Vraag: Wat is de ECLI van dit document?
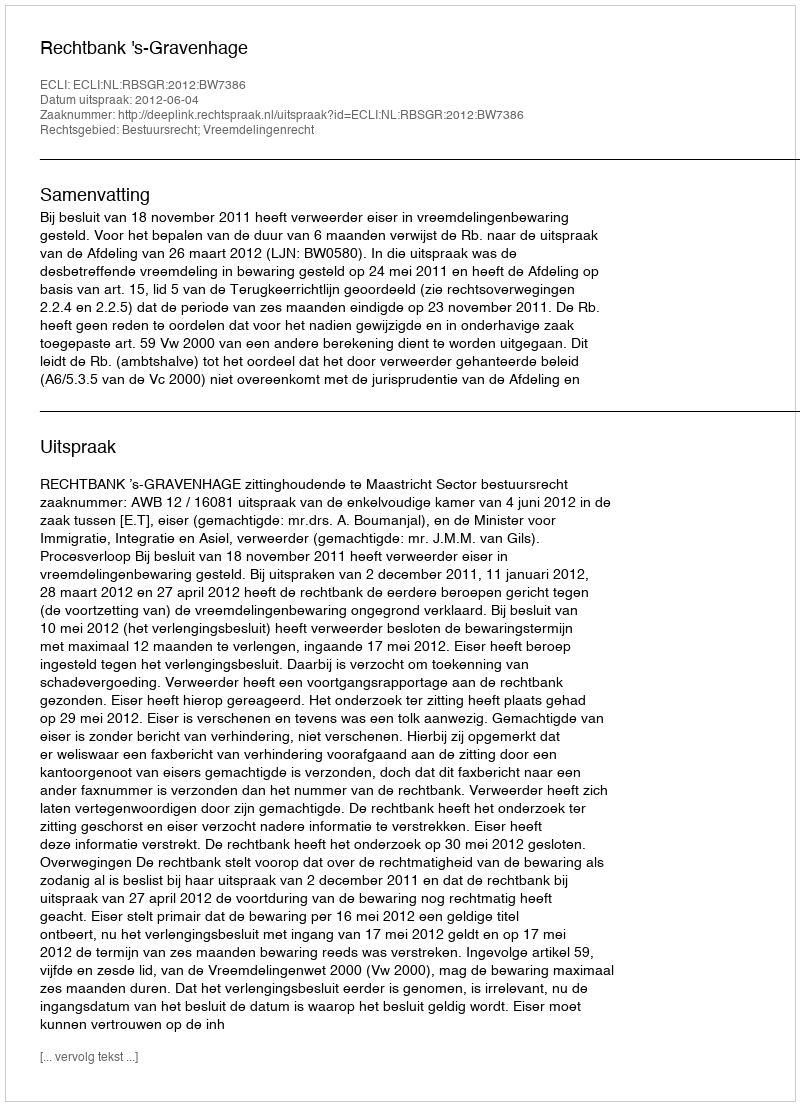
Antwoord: ECLI:NL:RBSGR:2012:BW7386